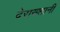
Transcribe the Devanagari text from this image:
देराख्शानी